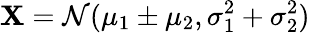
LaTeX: \mathbf{X}=\mathcal{{N}}(\mu_{1}\pm\mu_{2},\sigma_{1}^{2}+\sigma_{2}^{2})